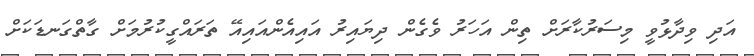
އަދި ވިދާޅުވީ މިސަރުކާރަށް ތިން އަހަރު ވެގެން ދިޔައިރު އައިއެންއައިއޭ ތަރައްގީކުރުމަށް ގާތްގަނޑަކަށް